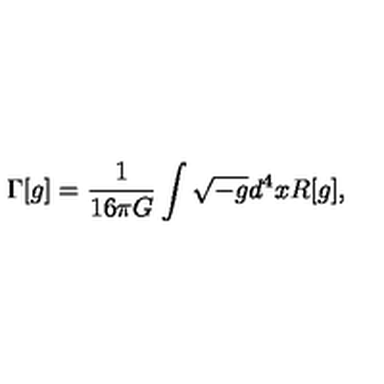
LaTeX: \Gamma [ g ] = { \frac { 1 } { 1 6 \pi G } } \int \sqrt { - g } d ^ { 4 } x R [ g ] ,